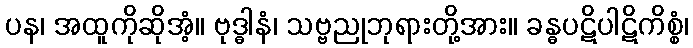
ပန၊ အထူကိုဆိုအံ့။ ဗုဒ္ဓါနံ၊ သဗ္ဗညုဘုရားတို့အား။ ခန္ဓပဋိပါဋိကိစ္စံ၊